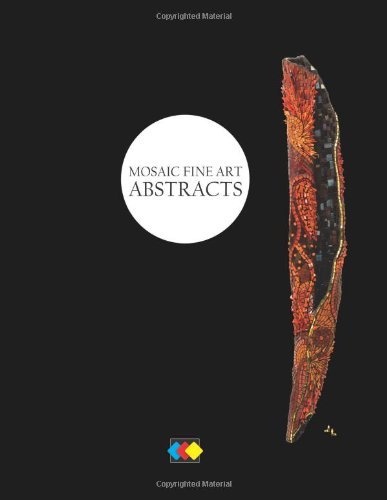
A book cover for Mosaic Fine Art Abstracts [Paperback] [2011] (Author) Irit Levy, Pam Givens; Arts & Photography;